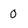
Character: O